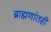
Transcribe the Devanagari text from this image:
ब्राह्मणांतही